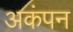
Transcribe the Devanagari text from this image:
अकंपन